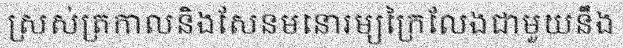
ស្រស់ត្រកាលនិងសែនមនោរម្យក្រៃលែងជាមួយនឹង